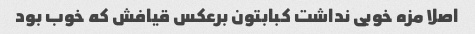
اصلا مزه خوبی نداشت کبابتون برعکس قیافش که خوب بود